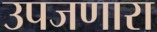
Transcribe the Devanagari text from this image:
उपजणारा